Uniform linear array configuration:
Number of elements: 32
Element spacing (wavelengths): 0.75
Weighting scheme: uniform
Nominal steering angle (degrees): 45
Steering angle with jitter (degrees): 46.062
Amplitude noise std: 0.05
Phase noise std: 0.05

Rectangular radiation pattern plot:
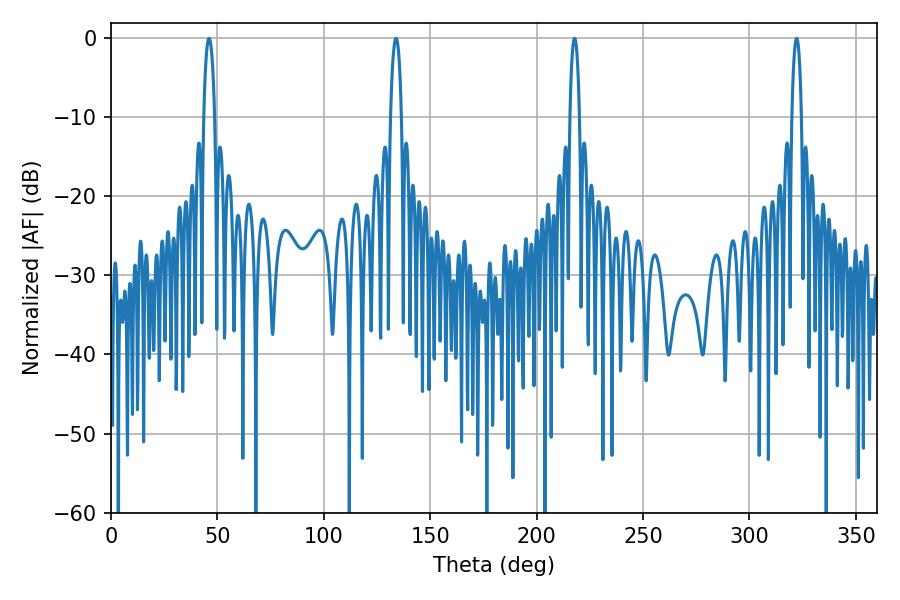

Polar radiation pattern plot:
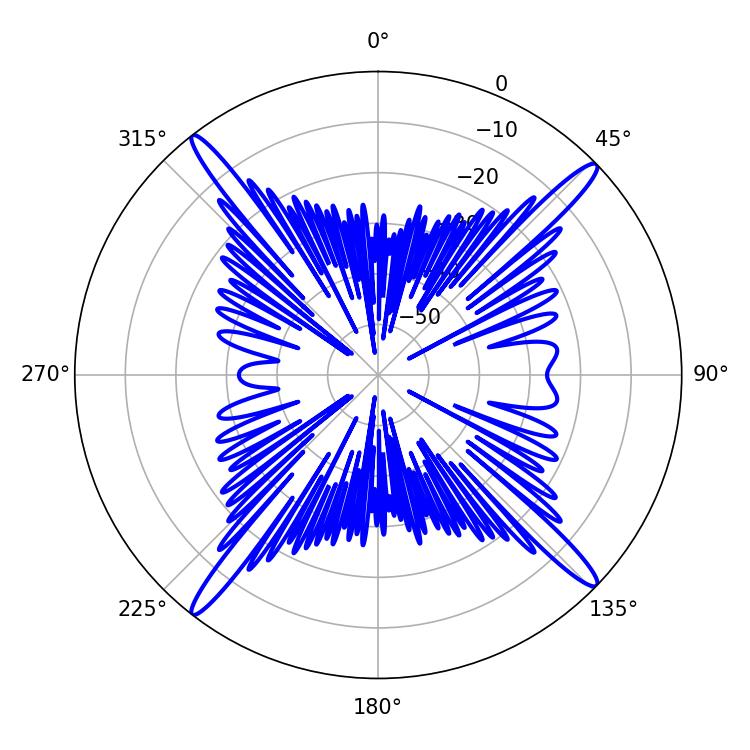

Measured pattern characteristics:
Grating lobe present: TRUE
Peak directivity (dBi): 19.49
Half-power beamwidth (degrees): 2.88
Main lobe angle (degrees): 133.92